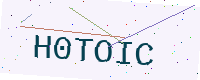
Text: H0TOIC